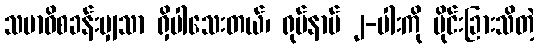
သမာဓိစခန်းမျှသာ ရှိပါသေးတယ်၊ ရုပ်နာမ် ၂-ပါးကို ပိုင်းခြားသိတဲ့